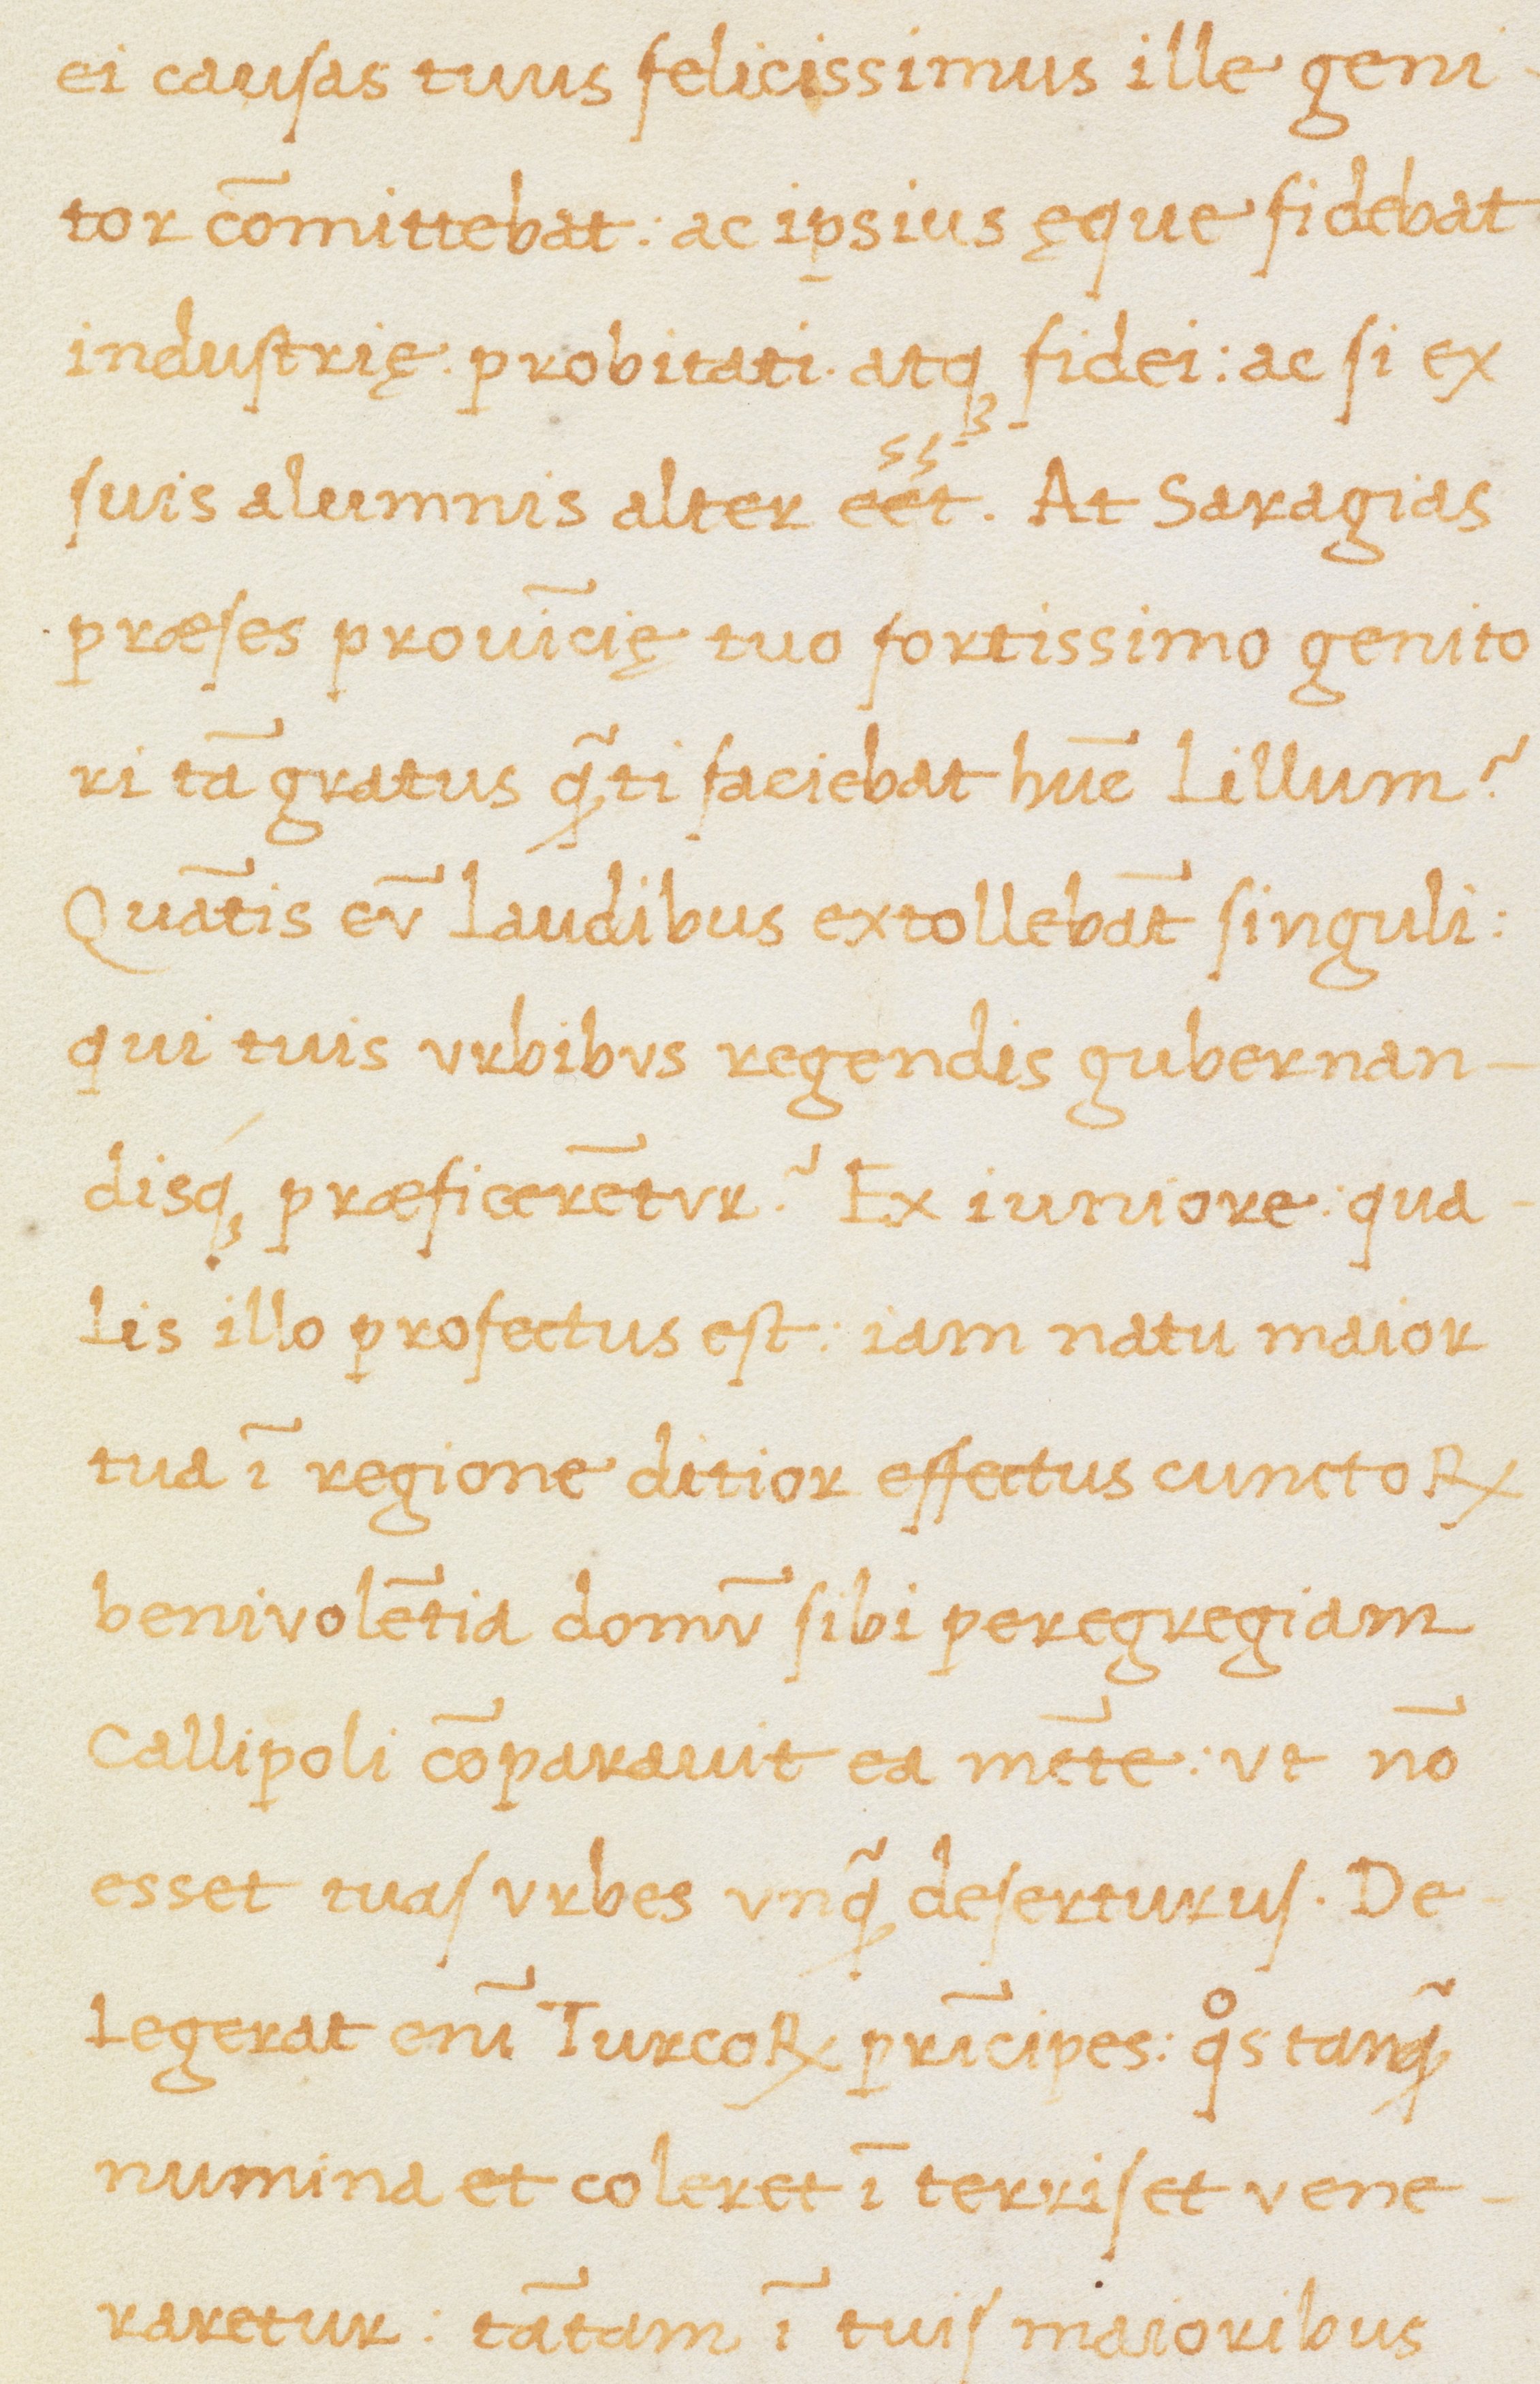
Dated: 1470–1499